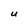
Character: U